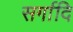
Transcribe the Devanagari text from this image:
सर्गादि